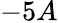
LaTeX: -5A